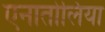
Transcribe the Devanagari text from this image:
एनातोलिया